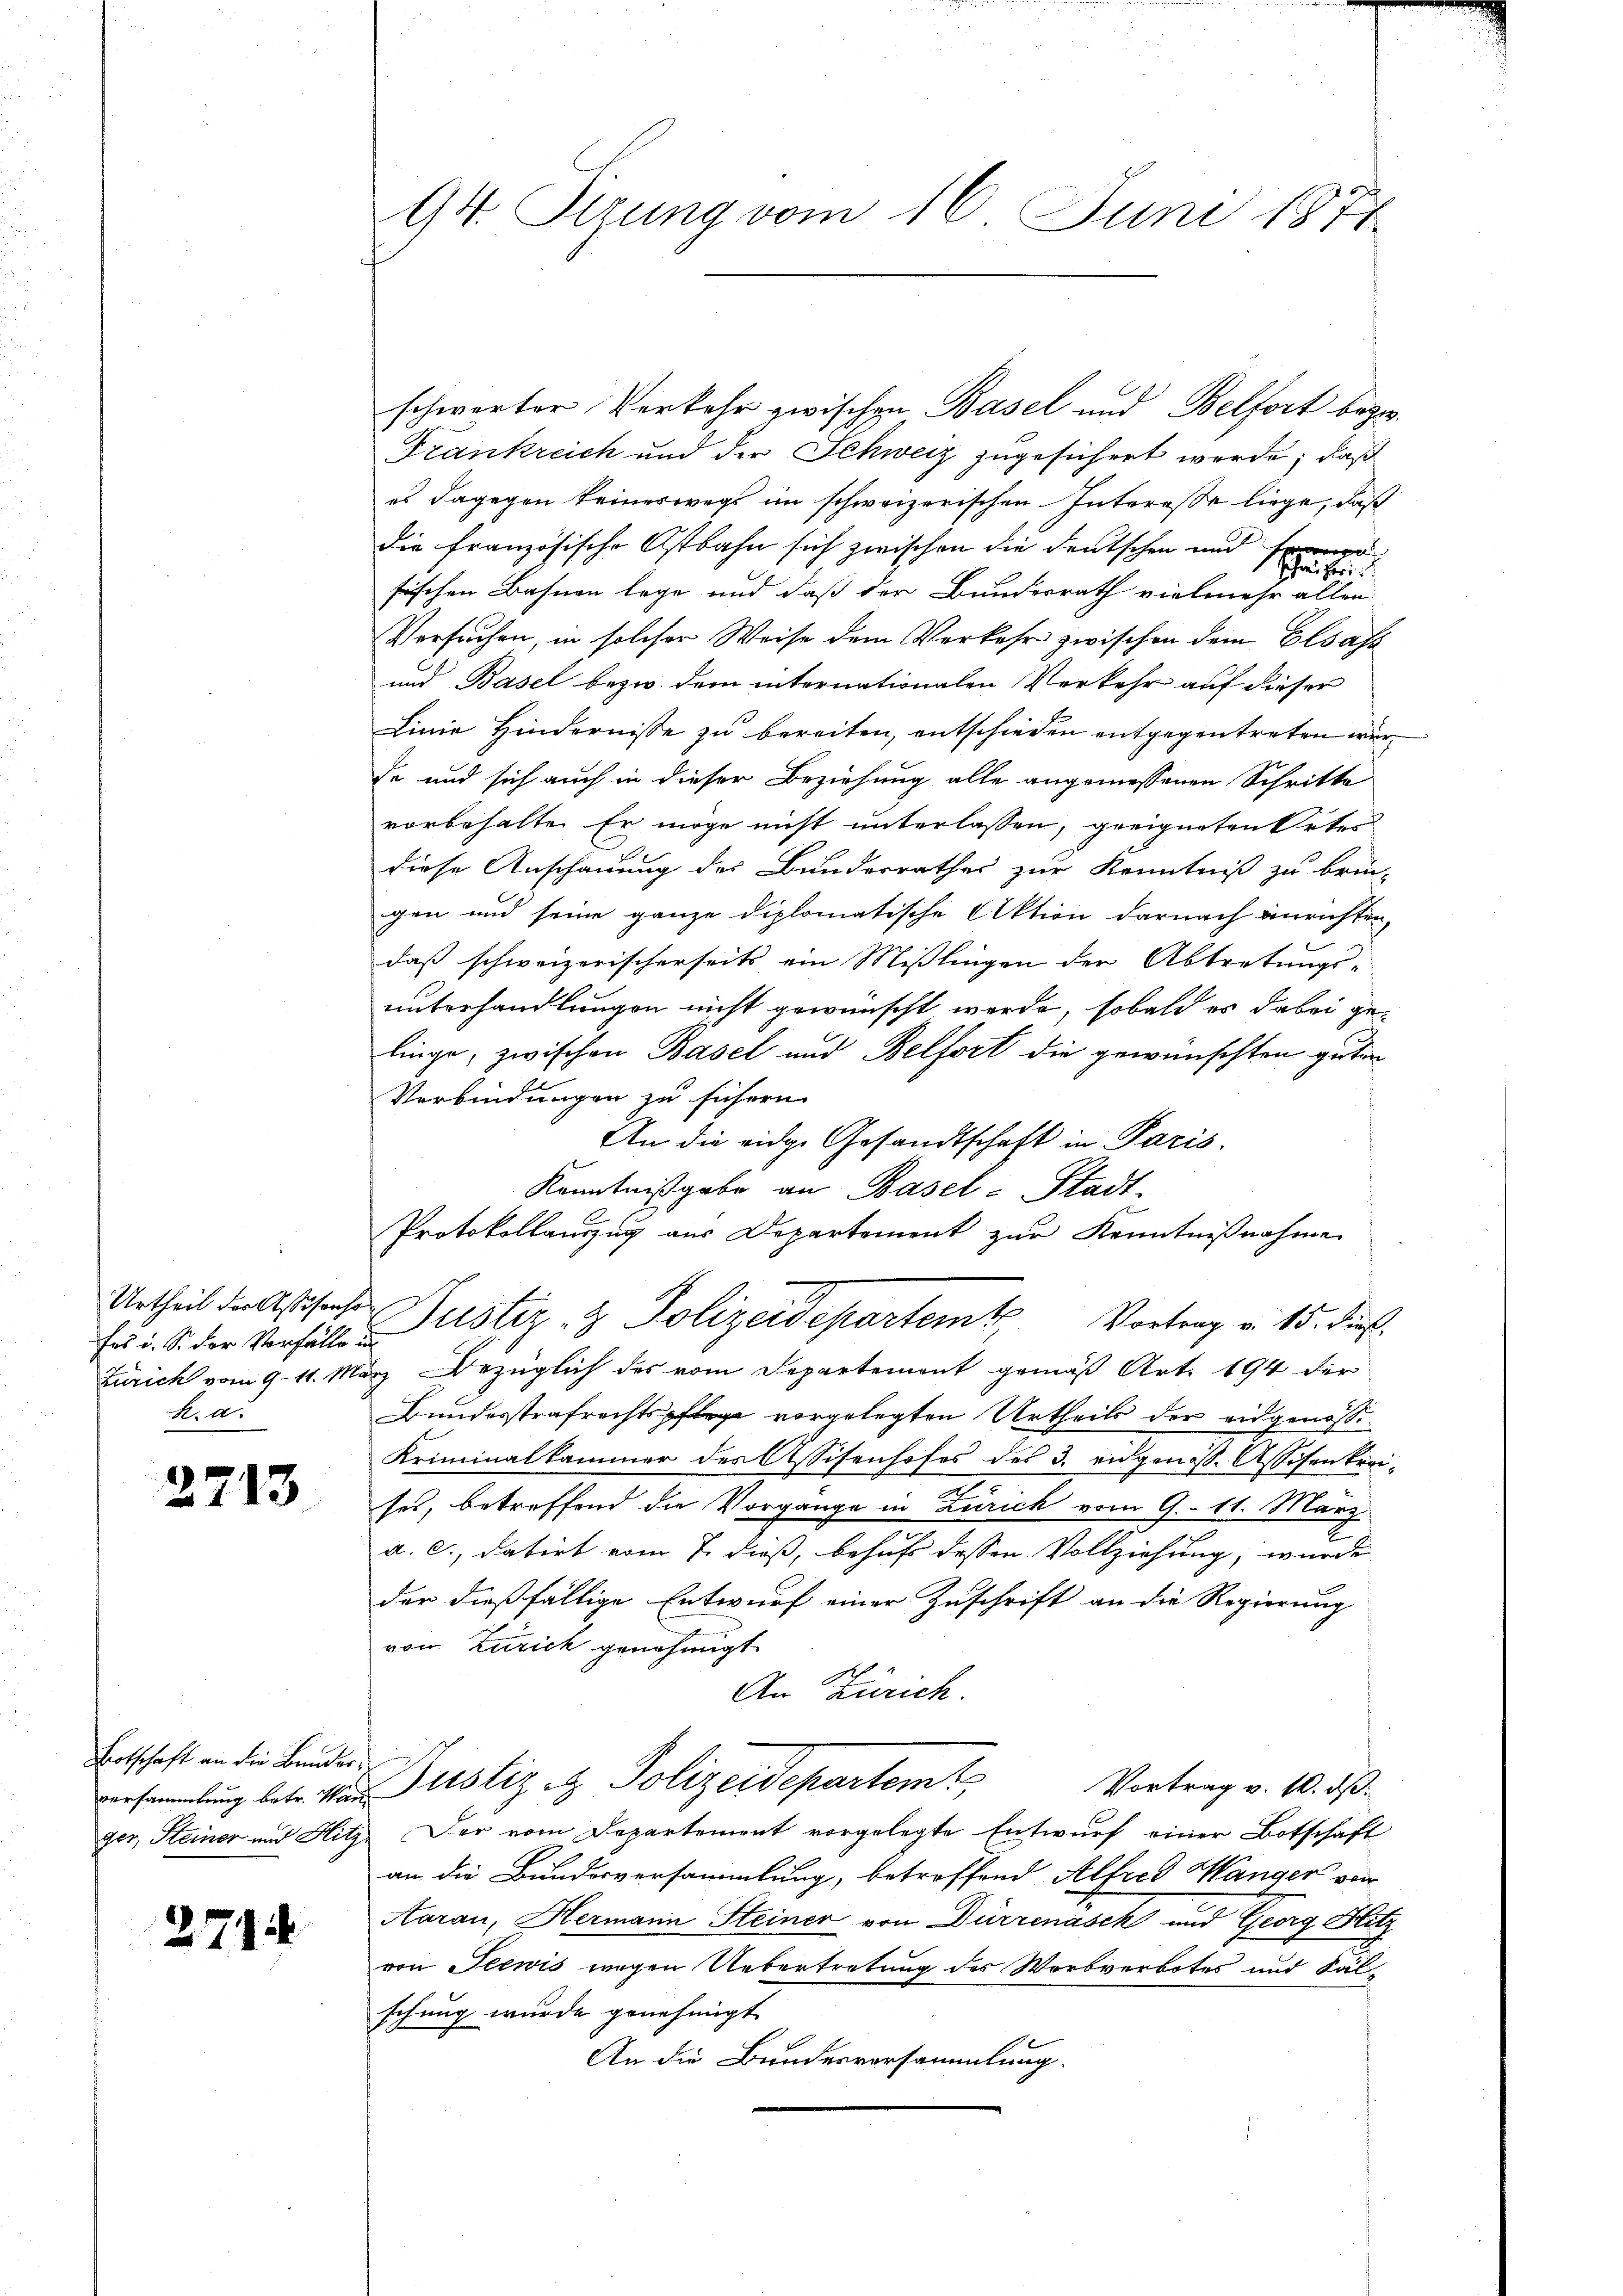
Urtheil der Assisenho
fes i. S. der Vorfälle in
zurich vom 9. 11. Ma
H. d.

2713

Botschaft an die Bunderversammlung betr. War
ger, Steiner und Hitz

271

94. Setzung vom 16. Juni 1877.

schwarter Verkehr zwischen Basel und Belfort bezw.
Frankreich und der Schweiz zugesichert werde; daß
es dagegen keineswegs im schweizerischen Interesse liege, daß
die französische Ostbahn sich zwischen die deutschen und
Schrei heri
sischen Bahnen lege und daß der Bundesrath vielmehr allen
Versuchen, in solcher Weise dem Verkehr zwischen dem Elsass
und Basel bezw. dem internationalen Verkehr auf dieser
Linie Hindernisse zu bereiten, entschieden entgegentreten würde und sich auch in dieser Beziehung alle angemessenen Schritte
vorbehalten Er möge nicht unterlassen, geeigneten Ortes
diese Anschauung des Bunderrathes zur Kenntniß zu brin-
gen und seine ganze diplomatische Aktion darnach anrichten,
daß schweizerischerseits ein Mißlingen der Abtretungs-
unterhandlungen nicht gewünscht werde, sobald es dabei gelinge, zwischen Basel und Belfort die gewünschten guten
Verbindungen zu sichern
An die eidge Gesandtschaft in Paris.
Kenntnißgabe an Basel-Stadt-
Protokollauszug aus Departement zur Kenntnißnahme
Justiz- & Polizeidepartem Vortrag v. 15. Die
ez Bezüglich des vom Departement gemäß Art. 194 der
Bundesstrafrechtspflege vorgelegten Urtheils der eidgenosse
Kriminalkammer des Assisenhofes des 3. eidgenöss. Assisenkreie
ses, betreffend die Vorgange in Zürich vom 9. 11. März
a. c., datirt vom 7. dieß, behufs dessen Vollziehung, wurde
der dießfällige Entwurf einer Zuschrift an die Regierung
von Zürich genehmigt.
An Zürich
Justiz & Polizeidepartem Vortrag v. 10. ds.
Der vom Departement vorgelegte Entwurf einer Botschaft
an die Bundesversammlung, betroffend Alfred Wanger von
Aarau, Hermann Steiner von Dürrenasek und Georg Hitz
von Seewis wegen Uebertretung des Worbverbotes und Solschung wurde genehmigt.
An die Bundesversammlung.